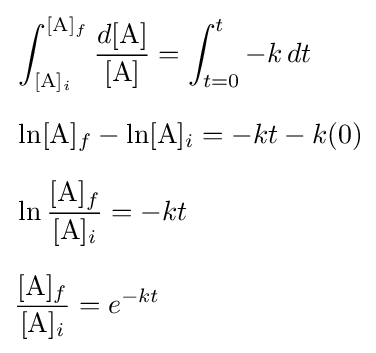
{\begin{aligned}&\int _{[{\rm {A}}]_{i}}^{[{\rm {A}}]_{f}}{\frac {d[{\rm {A}}]}{[{\rm {A}}]}}=\int _{t=0}^{t}-k\,dt\\[6pt]&\ln[{\rm {A}}]_{f}-\ln[{\rm {A}}]_{i}=-kt-k(0)\\[6pt]&\ln {\frac {[{\rm {A}}]_{f}}{[{\rm {A}}]_{i}}}=-kt\\[6pt]&{\frac {[{\rm {A}}]_{f}}{[{\rm {A}}]_{i}}}=e^{-kt}\end{aligned}}